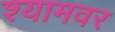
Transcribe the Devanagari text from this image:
श्यामवर